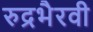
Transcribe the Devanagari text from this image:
रुद्रभैरवी